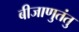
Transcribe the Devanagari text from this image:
बीजाणुतंतु